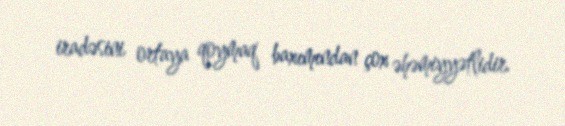
iradəsini ortaya qoymaq baxımından çox əhəmiyyətlidir.